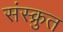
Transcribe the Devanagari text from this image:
संस्क्रुत